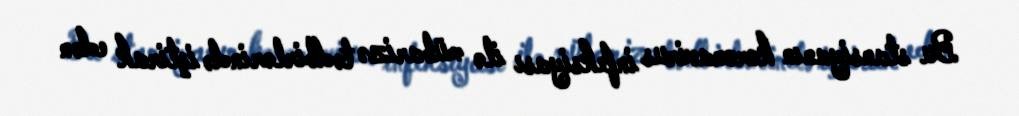
Bu stansiyanın koronavirus infeksiyası ilə mübarizə tədbirlərində iştirak edən